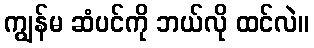
ကျွန်မ ဆံပင်ကို ဘယ်လို ထင်လဲ။